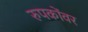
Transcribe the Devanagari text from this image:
रुपकोंवर